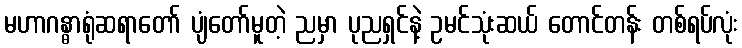
မဟာဂန္ဓာရုံဆရာတော် ပျံတော်မူတဲ့ ညမှာ ပုညရှင်နဲ့ ဥမင်သုံးဆယ် တောင်တန်း တစ်ရပ်လုံး